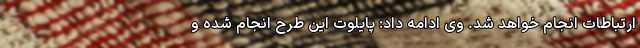
ارتباطات انجام خواهد شد. وی ادامه داد: پایلوت این طرح انجام شده و